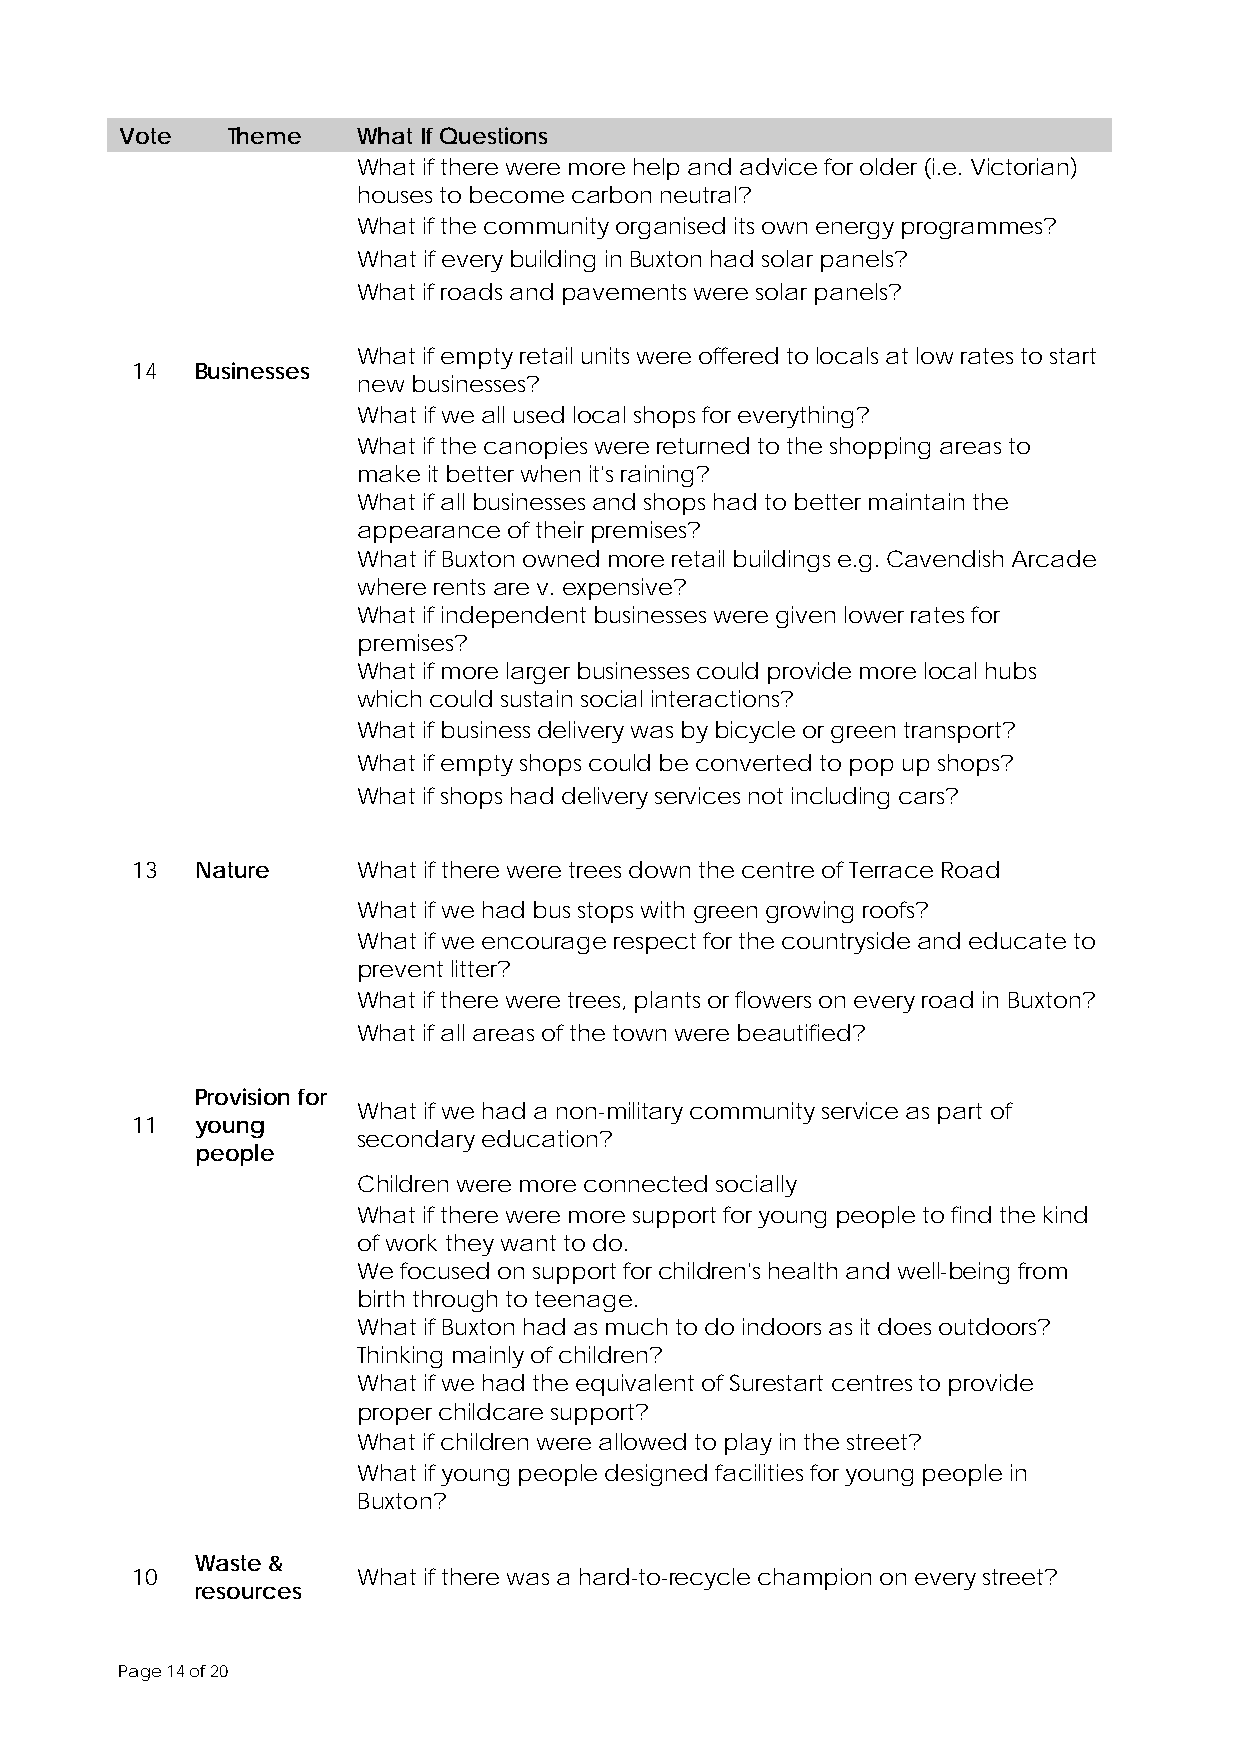
Vote   Theme    What If Questions
 What if there were more help and advice for older (i.e. Victorian)
 houses to become carbon neutral?
 What if the community organised its own energy programmes?
 What if every building in Buxton had solar panels?
 What if roads and pavements were solar panels?
 What if empty retail units were offered to locals at low rates to start
 14  Businesses
 new businesses?
 What if we all used local shops for everything?
 What if the canopies were returned to the shopping areas to
 make it better when it's raining?
 What if all businesses and shops had to better maintain the
 appearance of their premises?
 What if Buxton owned more retail buildings e.g. Cavendish Arcade
 where rents are v. expensive?
 What if independent businesses were given lower rates for
 premises?
 What if more larger businesses could provide more local hubs
 which could sustain social interactions?
 What if business delivery was by bicycle or green transport?
 What if empty shops could be converted to pop up shops?
 What if shops had delivery services not including cars?
 13  Nature     What if there were trees down the centre of Terrace Road
 What if we had bus stops with green growing roofs?
 What if we encourage respect for the countryside and educate to
 prevent litter?
 What if there were trees, plants or flowers on every road in Buxton?
 What if all areas of the town were beautified?
 Provision for
 What if we had a non-military community service as part of
 11  young
 secondary education?
 people
 Children were more connected socially
 What if there were more support for young people to find the kind
 of work they want to do.
 We focused on support for children's health and well-being from
 birth through to teenage.
 What if Buxton had as much to do indoors as it does outdoors?
 Thinking mainly of children?
 What if we had the equivalent of Surestart centres to provide
 proper childcare support?
 What if children were allowed to play in the street?
 What if young people designed facilities for young people in
 Buxton?
 Waste &
 10             What if there was a hard-to-recycle champion on every street?
 resources
 Page 14 of 20